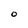
Character: O